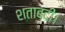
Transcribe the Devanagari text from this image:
शताब्दी।